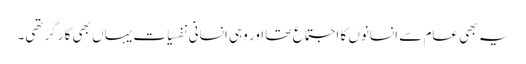
یہ بھی عام سے انسانوں کا اجتماع تھا اور وہی انسانی نفسیات یہاں بھی کارگر تھی۔